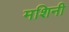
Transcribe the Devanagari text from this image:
मशिनी